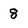
Character: 8